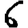
Digit: 6